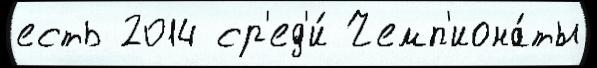
есть 2014 ср'ед'и́ Чемп'иона́ты